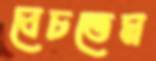
বেচতেম